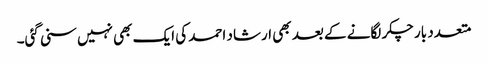
متعدد بار چکر لگانے کے بعد بھی ارشاد احمد کی ایک بھی نہیں سنی گئی۔